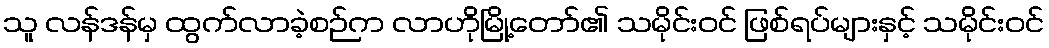
သူ လန်ဒန်မှ ထွက်လာခဲ့စဉ်က လာဟိုမြို့တော်၏ သမိုင်းဝင် ဖြစ်ရပ်များနှင့် သမိုင်းဝင်